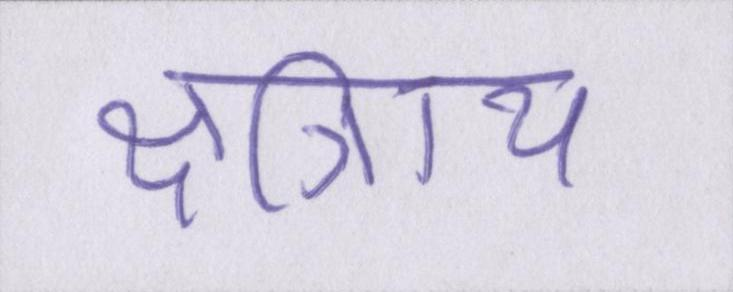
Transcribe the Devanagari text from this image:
क्षत्रिाय